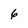
Character: 6